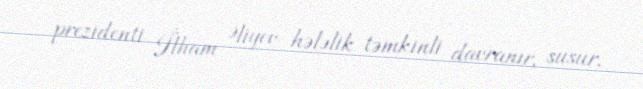
prezidenti İlham Əliyev hələlik təmkinli davranır, susur.